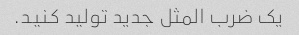
یک ضرب المثل جدید تولید کنید.